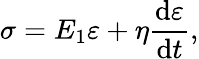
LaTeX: \sigma=E_{1}\varepsilon+\eta\frac{\mathrm{d}\varepsilon}{\mathrm{d}t},